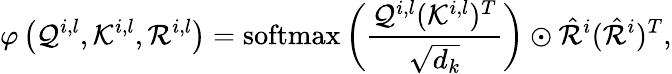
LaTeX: \varphi\left(\mathcal{Q}^{i,l},\mathcal{K}^{i,l},\mathcal{R}^{i,l}\right)=\operatorname{softmax}\left(\frac{\mathcal{Q}^{i,l}(\mathcal{K}^{i,l})^{T}}{\sqrt{d_{k}}}\right)\odot\hat{\mathcal{R}}^{i}(\hat{\mathcal{R}}^{i})^{T},